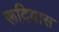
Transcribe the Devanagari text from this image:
रूदियास